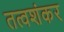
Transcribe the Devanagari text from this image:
तत्वशंकर